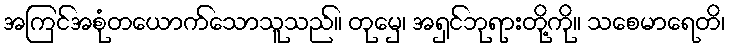
အကြင်အစုံတယောက်သောသူသည်။ တုမှေ၊ အရှင်ဘုရားတို့ကို။ သစေမာရေတိ၊